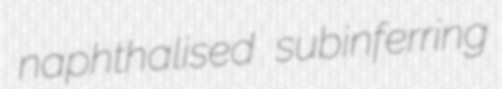
naphthalised subinferring